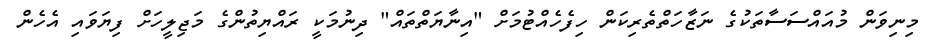
މިނިވަން މުއައްސަސާތަކުގެ ނަޒާހަތްތެރިކަން ހިފެހެއްޓުމަށް "އިނާޔަތްތައް" ދިނުމަކީ ރައްޔިތުންގެ މަޖިލީހަށް ފިޔަވައި އެހެން